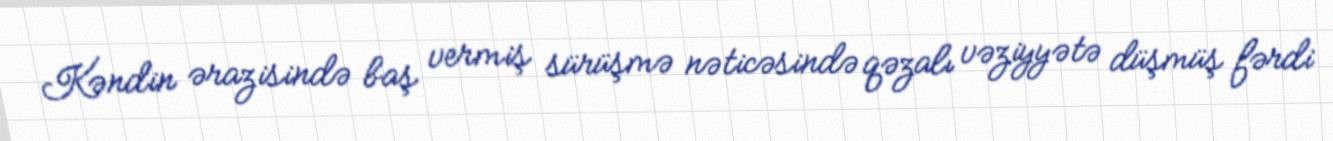
Kəndin ərazisində baş vermiş sürüşmə nəticəsində qəzalı vəziyyətə düşmüş fərdi